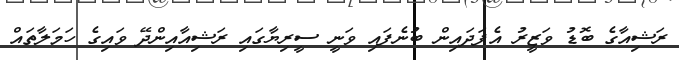
ރަޝިއާގެ ބޮޑު ވަޒީރު އެފަދައިން ބުނެފައި ވަނީ ސީރިޔާގައި ރަޝިއާއިންދޭ ވައިގެ ހަމަލާތައް